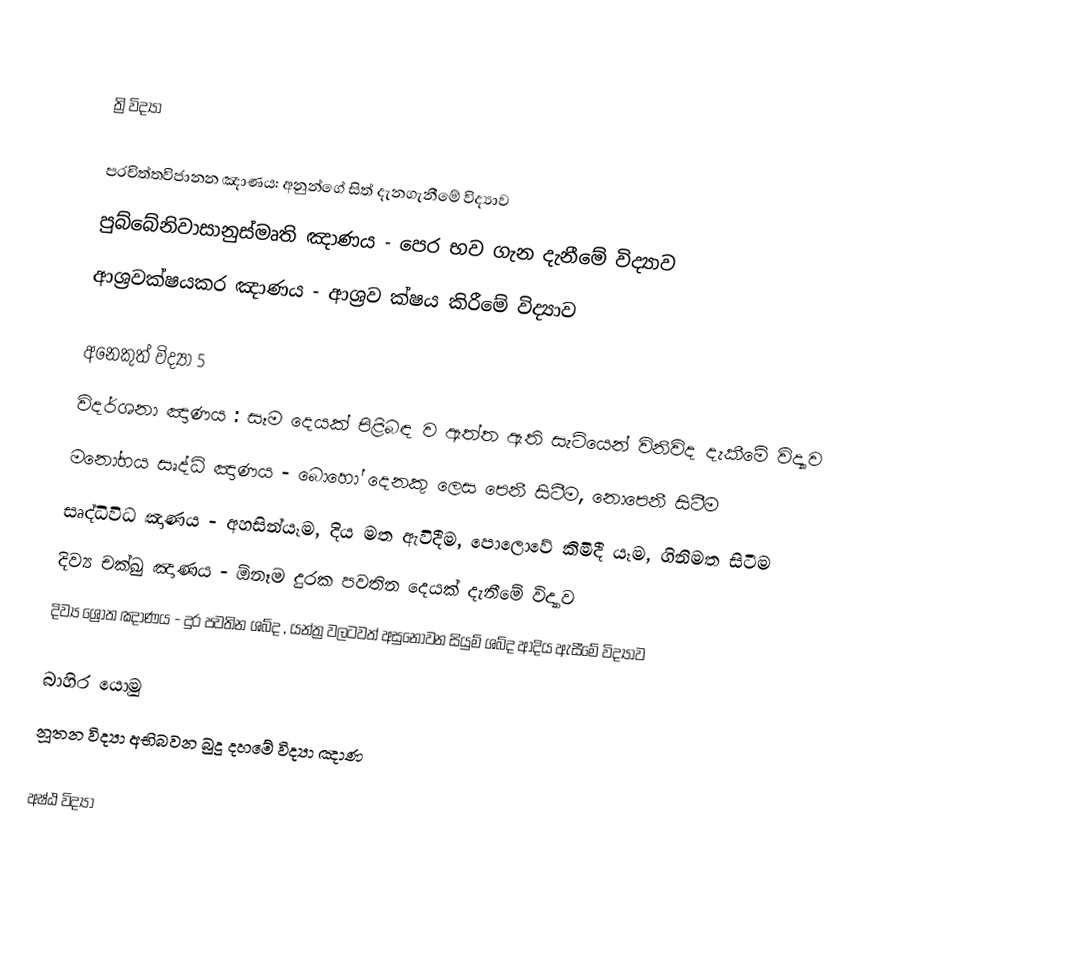

ත්‍රි විද්‍යා

 පරචිත්තවිජානන ඤාණය: අනුන්ගේ සිත් දැනගැනීමේ විද්‍යාව
 පුබ්බේනිවාසානුස්මෘති ඤාණය - පෙර භව ගැන දැනීමේ විද්‍යාව
 ආශ්‍රවක්ෂයකර ඤාණය - ආශ්‍රව ක්ෂය කිරීමේ විද්‍යාව

අනෙකුත් විද්‍යා 5
 විදර්ශනා ඤාණය  : සෑම දෙයක් පිළිබඳ ව ඇත්ත ඇති සැටියෙන් විනිවිද දැකීමේ විද්‍යාව
 මනෝභය සෘද්ධි ඤාණය - බොහෝ දෙනකු ලෙස පෙනී සිටීම, නොපෙනී සිටීම
 සෘද්ධිවිධ ඤාණය - අහසින්යෑම, දිය මත ඇවිදීම, පොලොවේ කිමිදී යෑම, ගිනිමත සිටීම
 දිව්‍ය චක්ඛු ඤාණය - ඕනෑම දුරක පවතින දෙයක් දැනීමේ විද්‍යාව
 දිව්‍ය ශ්‍රෝත ඤාණය - දුර පවතින ශබ්ද , යන්ත්‍ර වලටවත් අසුනොවන සියුම් ශබ්ද ආදිය ඇසීමේ විද්‍යාව

බාහිර යොමු
 නූතන විද්‍යා අභිබවන බුදු දහමේ විද්‍යා ඤාණ

අෂ්ඨ විද්‍යා